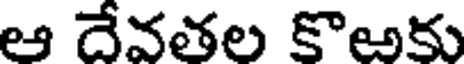
ఆ దేవతల కొఅకు